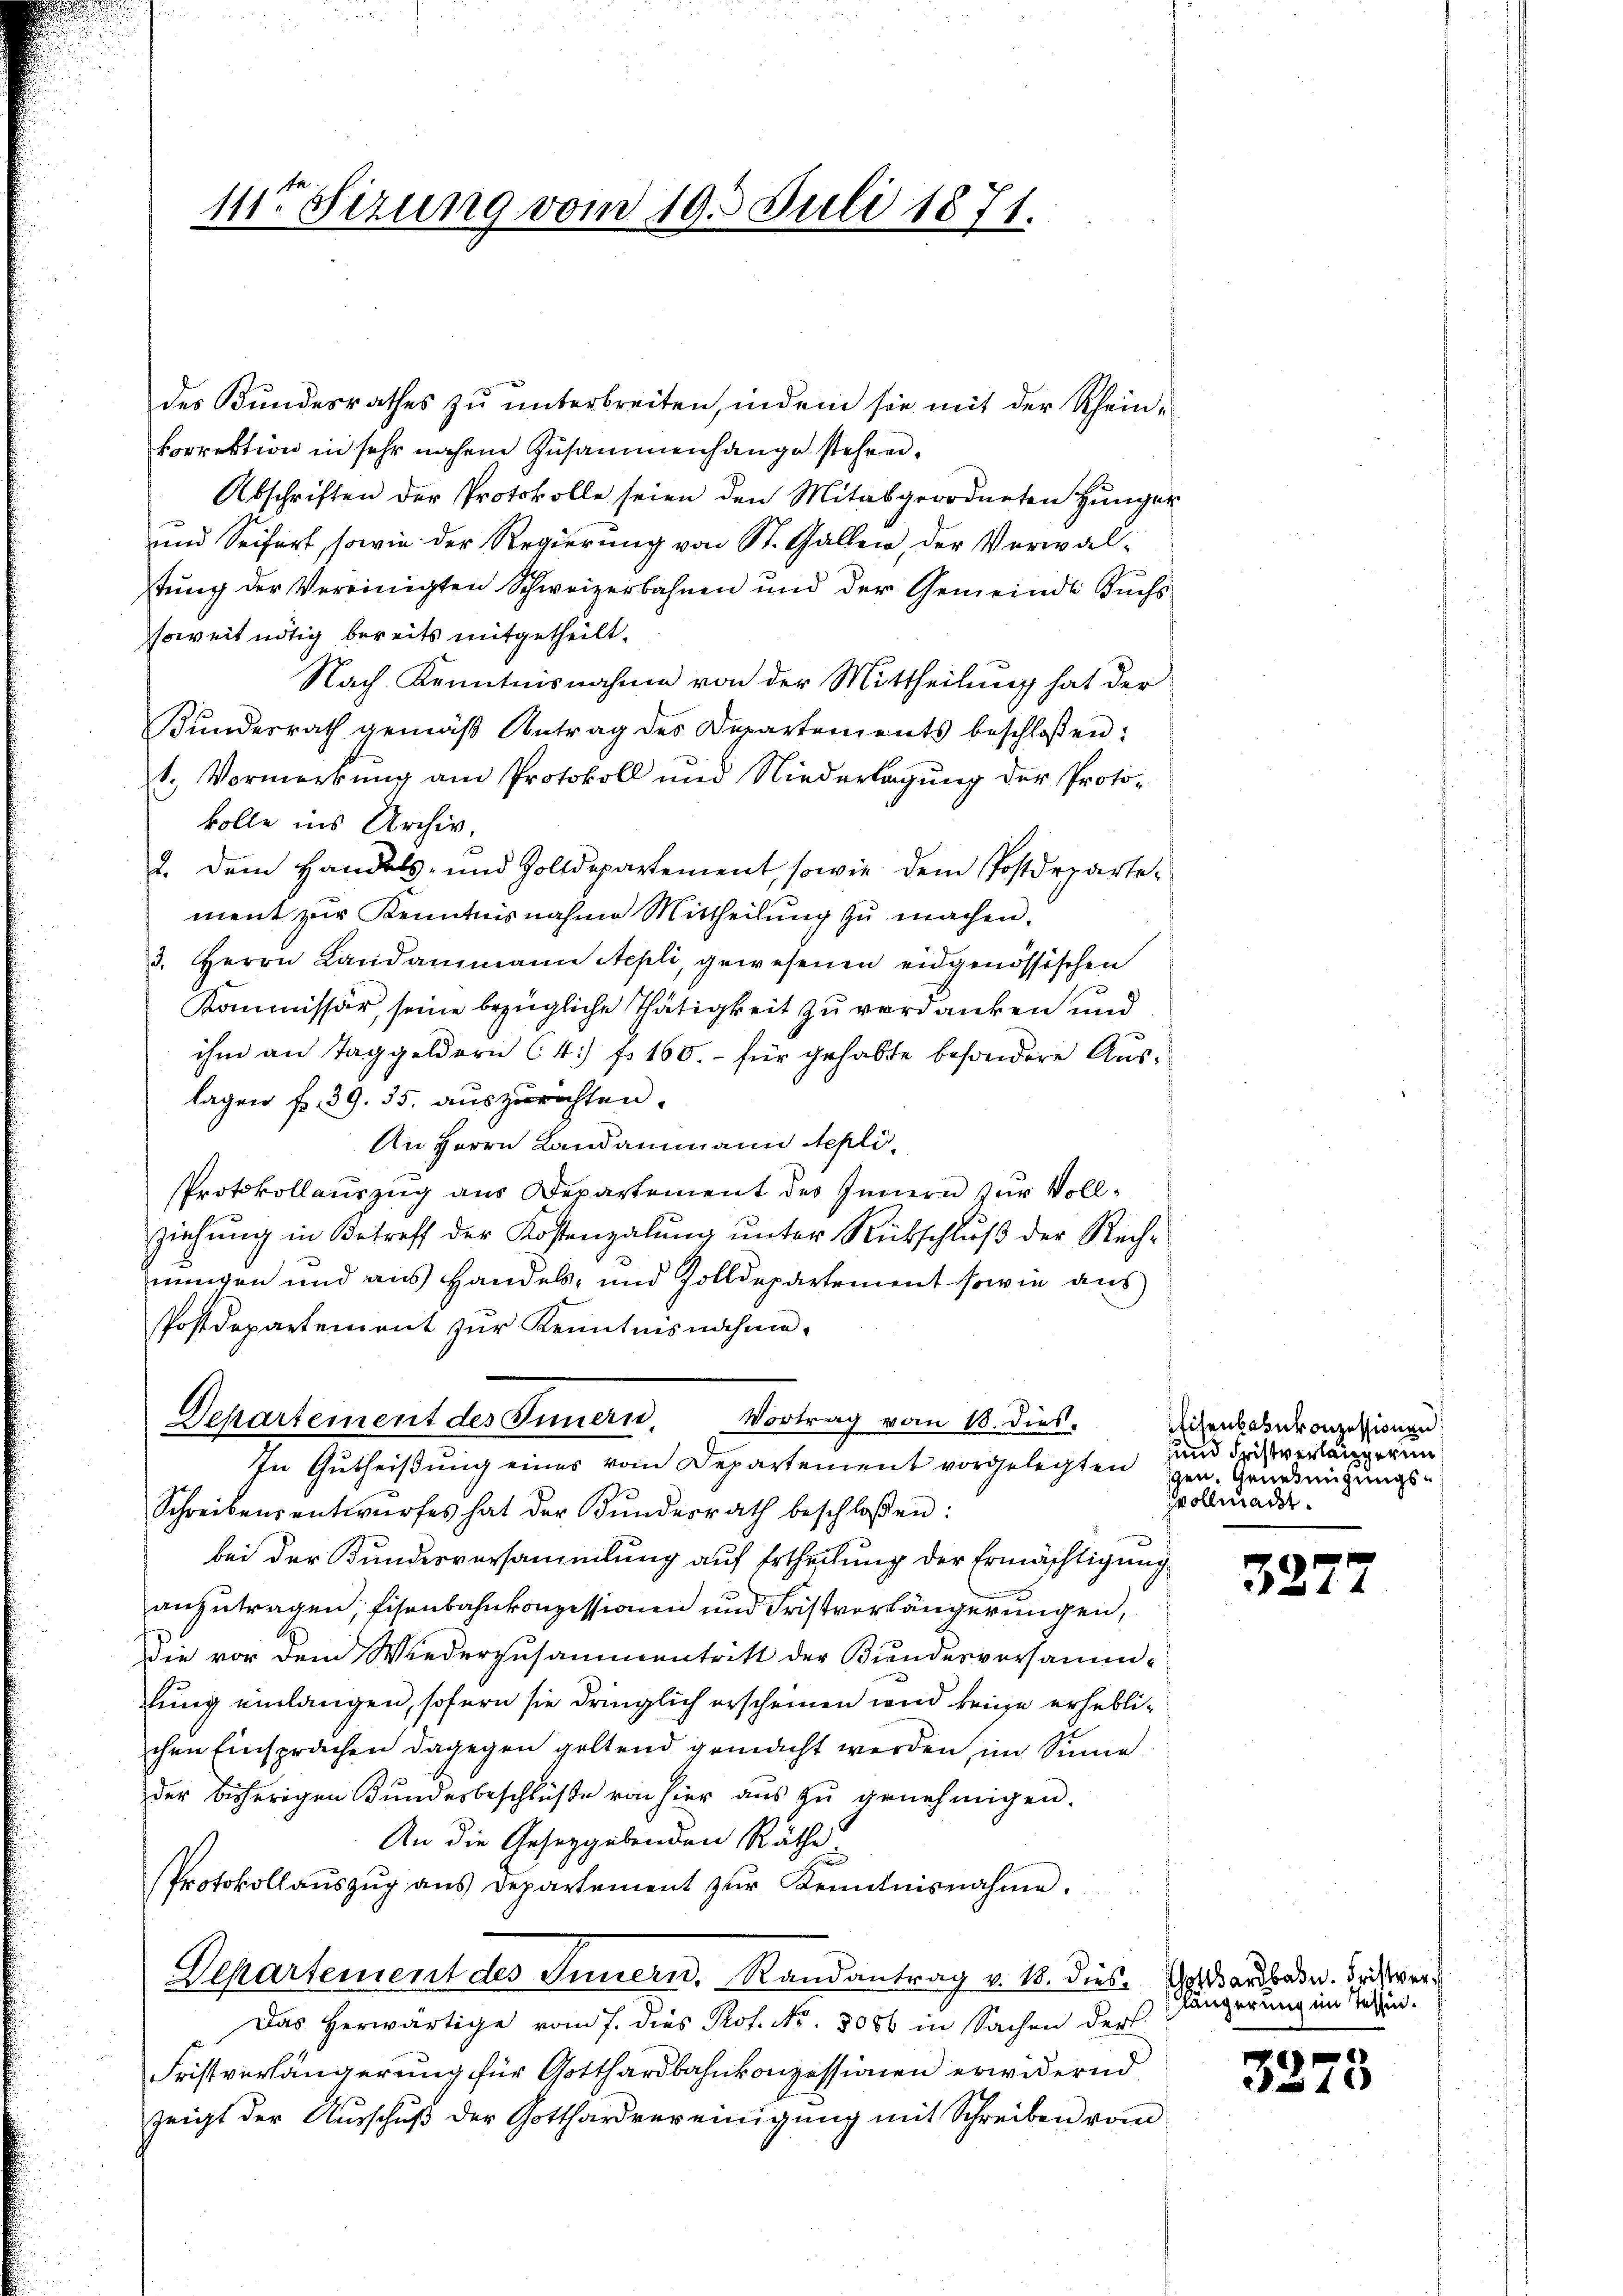
11ten Sizung vom 19. Juli 1871.

des Bundesrathes zu unterbreiten, indem sie mit der Scheinkorrektion in sehr nahem Zusammenhange stehen.
Abschriften der Protokolle seien den Mitalgeordneten Hunger
und Seifert, sowie der Regierung von St. Gallen, der Verwaltung der Vereinigten Schweizerbahnen und der Gemeinde Buchssoweit nötig bereits mitgetheilt.
Nach Kenntnisnahme von der Mittheilung hat der
Bundesrath gemäβ Antrag des Departements beschloßen:
t. Vormerkung am Protokoll und Niederlagung der Protokolle ins Archiv,
2. Dem Handels- und Zolldepartement, sowie dem Postdepartement zur Kenntnisnahme Mittheilung zu machen.
3. Herrn Landammann Aepli, gewesenen eidgenössischen
Kommissär, seine bezügliche Thätigkeit zu verdanken und
ihm an Taggeldern (4) f. 160.- für gehabte besondere Auslagen f. 39. 35. auszurichten.
An Herrn Landammann Nepli¬
Protokollauszug aus Departement des Innern zur Vollziehung in Betreff der Kostenzalung unter Rückschluß der Rechnungen und aus Handels- und Zolldepartement sowie aus
Postdepartement zur Kenntnisnahme.
Departement des Innern. Vortrag vom 18. dieß.
In Gutheißung eines vom Departement vorgelegten Grundeigungs-
Schreibensentwŭrfes hat der Bŭndesrath beschloßen:
bei der Kundesversammlung auf Ertheilung der Ermächtigung
anzutragen, Eisenbahnkonzessionen und Fristverlängerungen,
die vor dem Wiederzusammentritt der Biendesversammlung einlangen, sofern sie dringlich erscheinen wird keine erheblichen Einsprachen dagegen geltend gemacht werden im Sinne
der bisherigen Kundesbeschlüβe von hier aŭs zŭ genehmigen.
An die Gesetzgebenden Räthe
Protokollaŭszŭg ans Departement zŭr Kenntnisnahme.
Departement des Innern, Randantrag v. 18. dies. Grauben. Dieser
Das herwärtige vom 7. dies Prof. No. 5086 in Sachen der
Fristverlängerung für Gotthardbahnkonzessionen erwidernd
zeigt der Ausschŭβ der Gotthardvereinigŭng mit Schreiben vom

Eisenbahnkonzessionen
und Fristverlängeren
oact

327

längerung im Tessin.

7

2